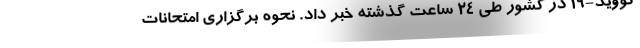
کووید-۱۹ در کشور طی ۲۴ ساعت گذشته خبر داد. نحوه برگزاری امتحانات